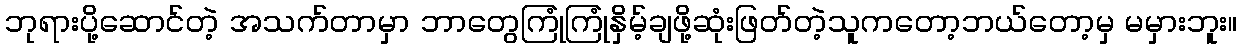
ဘုရားပို့ဆောင်တဲ့ အသက်တာမှာ ဘာတွေကြုံကြုံနှိမ့်ချဖို့ဆုံးဖြတ်တဲ့သူကတော့ဘယ်တော့မှ မမှားဘူး။